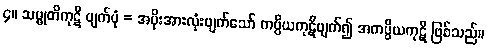
၄။ သမ္မုတိကုဋိ ပျက်ပုံ = အမိုးအားလုံးပျက်သော် ကပ္ပိယကုဋိပျက်၍ အကပ္ပိယကုဋိ ဖြစ်သည်။